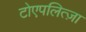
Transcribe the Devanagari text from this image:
टोएपलित्ज़ा